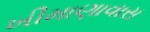
ખીમાણાવાસ